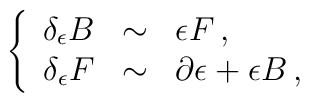
\left\{\begin{array}{rcl}\delta_{\epsilon} B & \sim & \epsilon F\, , \\\delta_{\epsilon} F & \sim & \partial\epsilon + \epsilon B\, , \\\end{array}\right.